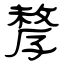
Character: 孷